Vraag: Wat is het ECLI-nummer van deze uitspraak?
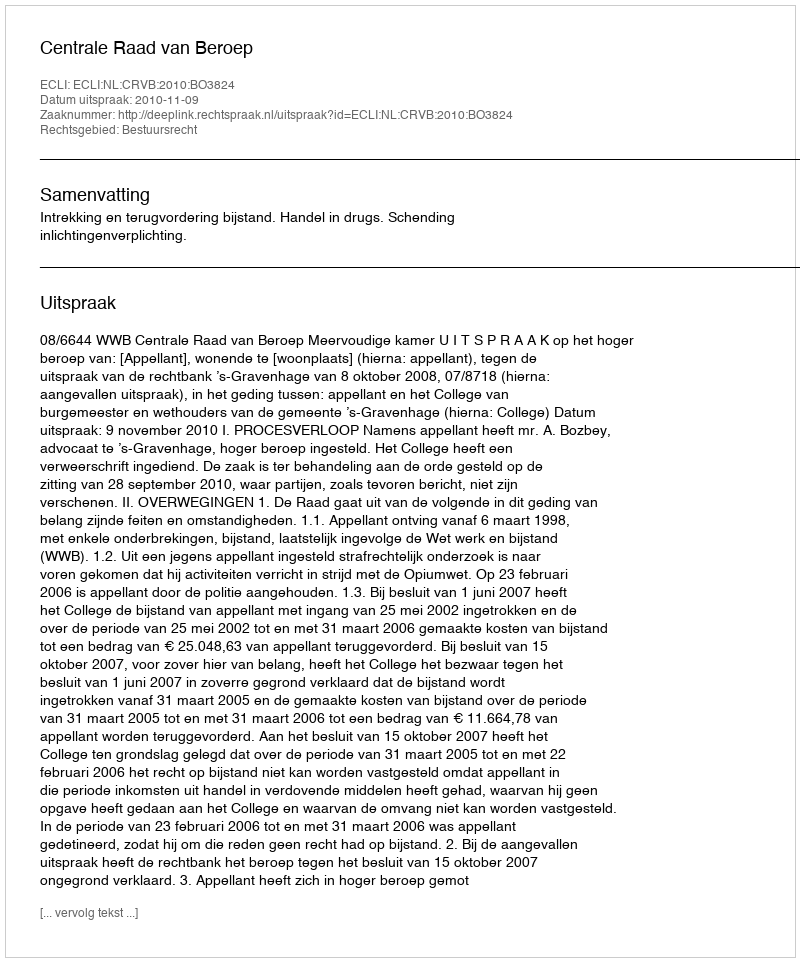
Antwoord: ECLI:NL:CRVB:2010:BO3824